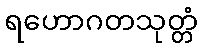
ရဟောဂတသုတ္တံ